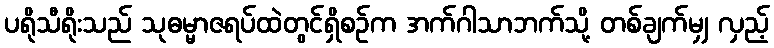
ပရိုသီရိုးသည် သုဓမ္မာဇရပ်ထဲတွင်ရှိစဉ်က အက်ဂါသာဘက်သို့ တစ်ချက်မျှ လှည့်